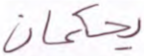
يحكمان